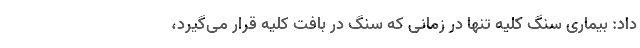
داد: بیماری سنگ کلیه تنها در زمانی که سنگ در بافت کلیه قرار می‌گیرد،